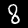
Label: 8